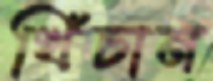
খিঁচান